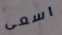
اسعى